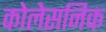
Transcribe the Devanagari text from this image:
कोलेसनिक